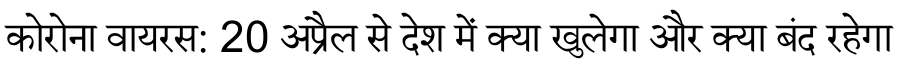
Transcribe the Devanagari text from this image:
कोरोना वायरस: 20 अप्रैल से देश में क्या खुलेगा और क्या बंद रहेगा